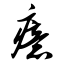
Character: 癔